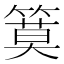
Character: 𥱹